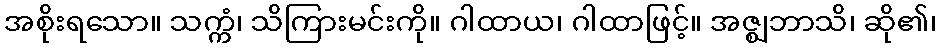
အစိုးရသော။ သက္ကံ၊ သိကြားမင်းကို။ ဂါထာယ၊ ဂါထာဖြင့်။ အဇ္ဈဘာသိ၊ ဆို၏၊